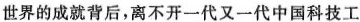
世界的成就背后，离不开一代又一代中国科技工